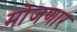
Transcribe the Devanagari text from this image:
मोजणार